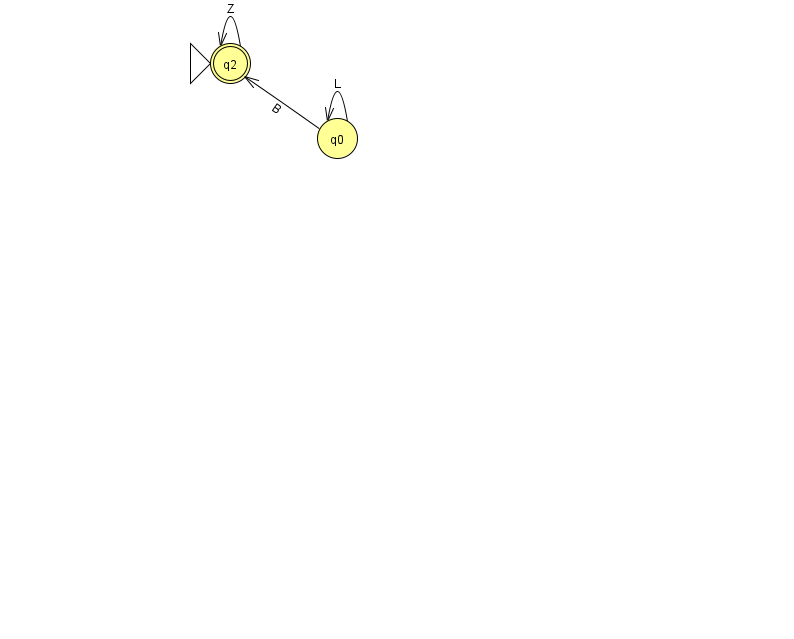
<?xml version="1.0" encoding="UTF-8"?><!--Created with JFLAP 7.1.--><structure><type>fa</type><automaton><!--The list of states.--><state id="0" name="q0"><x>337.0</x><y>125.0</y></state><state id="2" name="q2"><x>230.0</x><y>50.0</y><initial/><final/></state><!--The list of transitions.--><transition><from>0</from><to>2</to><read>B</read></transition><transition><from>2</from><to>2</to><read>Z</read></transition><transition><from>0</from><to>0</to><read>L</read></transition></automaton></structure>